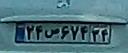
۲۴ص۶۷۴۳۴